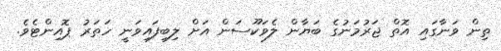
ތިން ވަނާގައި އޮތް ޖަރުމަނުގެ ބަޔާން ލެވަކޫސަން އަށް ލިބިފައިވަނީ ހަތަރު ޕޮއިންޓެވެ.